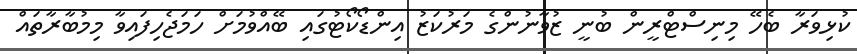
ކުޅިވަރާ ބެހޭ މިނިސްޓްރީން ބުނީ ޒުވާނުންގެ މަރުކަޒު އިންޑޯކޯޓުގައި ބޭއްވުމަށް ހަމަޖެހިފައިވާ މިމުބާރާތައް